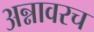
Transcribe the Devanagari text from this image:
अन्नावरच